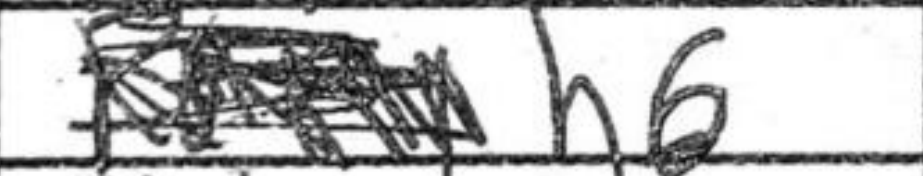
Transcription: h6